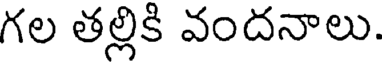
గల తల్లికి వందనాలు.